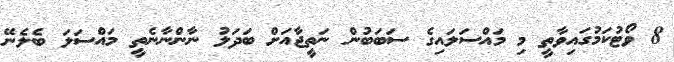
8 ވޯޓުކަމުގައިވާތީ މި މައްސަލައިގެ ސަބަބުން ނަތީޖާއަށް ބަދަލު ނާންނާނެތީ މައްސަލަ ބެލެނޭ